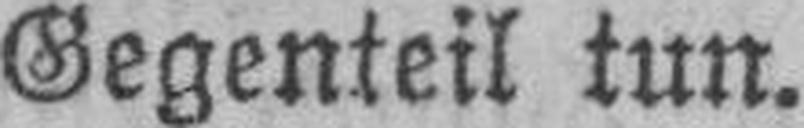
Gegenteil tun.